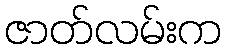
ဇာတ်လမ်းက